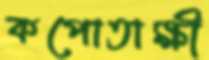
কপোতাক্ষী